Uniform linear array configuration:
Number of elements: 64
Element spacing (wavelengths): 0.75
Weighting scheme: cosine
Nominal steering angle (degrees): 0
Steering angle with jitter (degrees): -1.411
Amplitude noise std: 0.05
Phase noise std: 0.05

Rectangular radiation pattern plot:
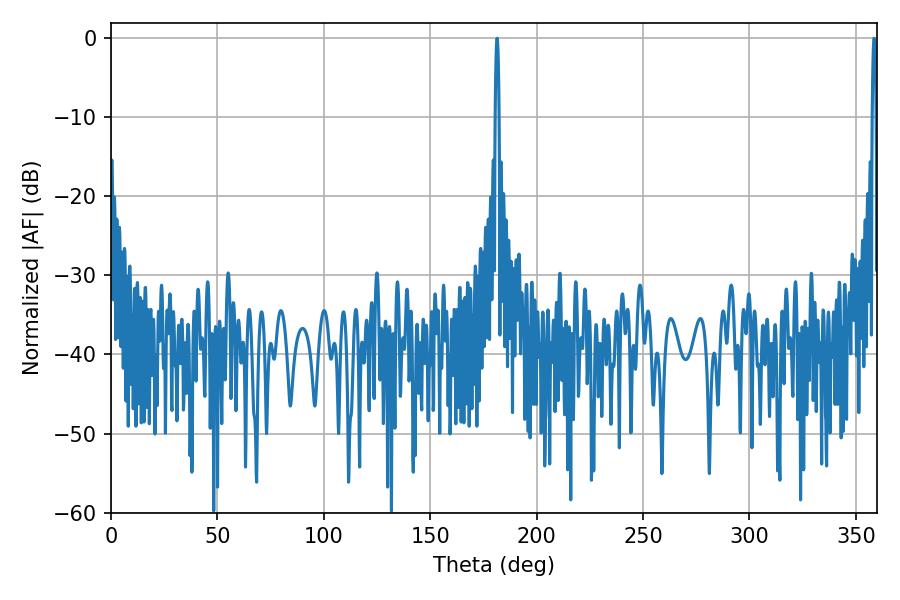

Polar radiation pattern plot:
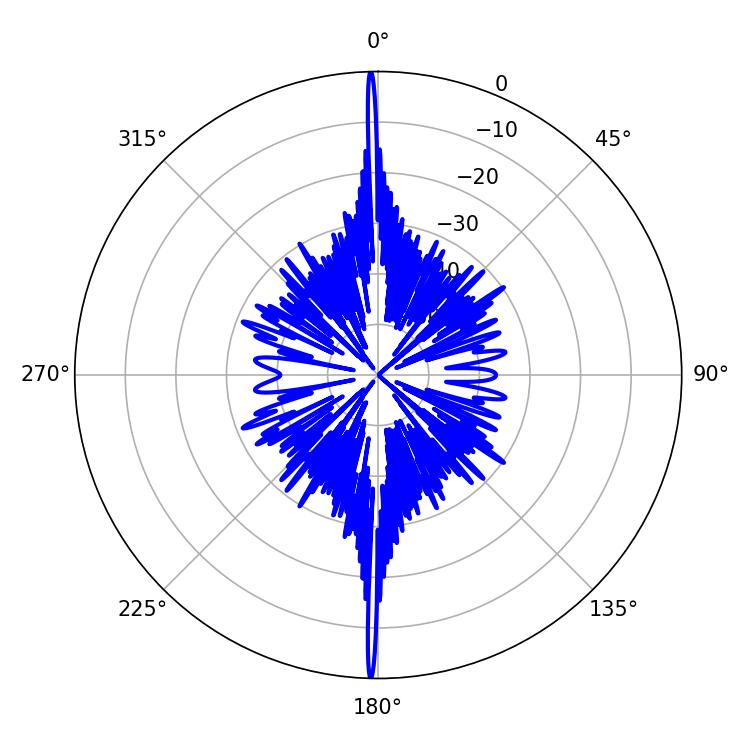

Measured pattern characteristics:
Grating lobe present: TRUE
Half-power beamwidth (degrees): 0.9
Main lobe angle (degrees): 358.56